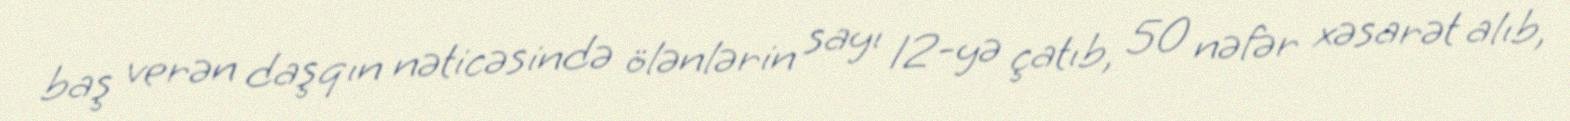
baş verən daşqın nəticəsində ölənlərin sayı 12-yə çatıb, 50 nəfər xəsarət alıb,